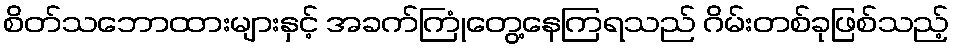
စိတ်သဘောထားများနှင့် အခက်ကြုံတွေ့နေကြရသည် ဂိမ်းတစ်ခုဖြစ်သည့်